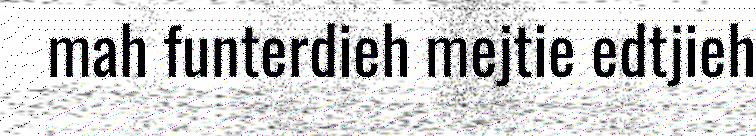
mah funterdieh mejtie edtjieh